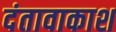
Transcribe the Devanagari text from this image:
दंतावाकाश